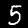
Label: 5